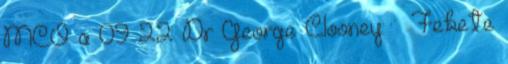
MCO a 09 22 Dr George Clooney: ♂ Fekete